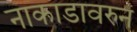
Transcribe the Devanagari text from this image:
नाकाडावरुन